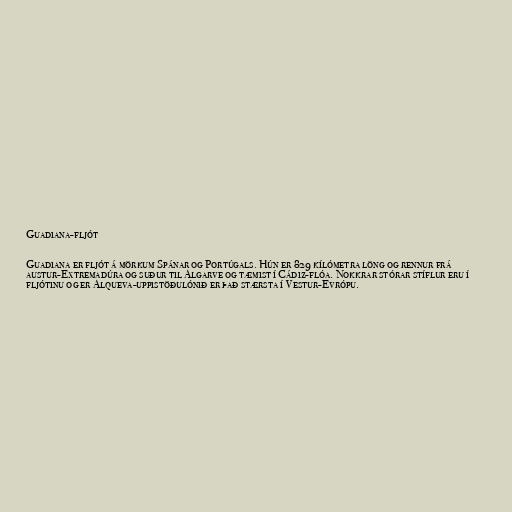
Guadiana-fljót

Guadiana er fljót á mörkum Spánar og Portúgals. Hún er 829 kílómetra löng og rennur frá
austur-Extremadúra og suður til Algarve og tæmist í Cádiz-flóa. Nokkrar stórar stíflur eru í
fljótinu og er Alqueva-uppistöðulónið er það stærsta í Vestur-Evrópu.